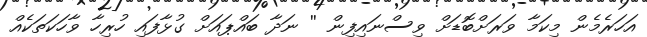
އަހަރެމެން މިކަމާ ވަރަށްބޮޑަށް ވިސްނައިފިން '' ނަދާ ބައްޕައަށް ގުޅާފައި ހުރިހާ ވާހަކަތަކެއް